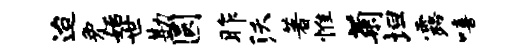
迨免始世勘圆昨沃著惟菊坦露嘻